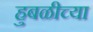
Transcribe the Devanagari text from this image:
हुबळीच्या